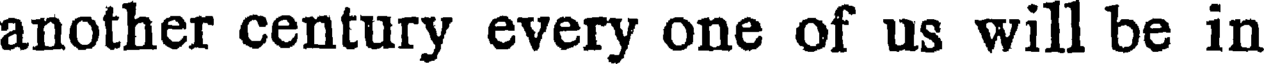
another century every one of us will be in